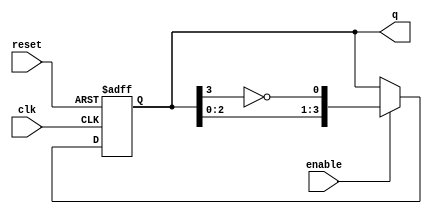
module ring_johnson_counter #(
    parameter n = 4 // Number of bits in the counter
)(
    input wire clk,        // Clock input
    input wire reset,      // Asynchronous reset
    input wire enable,     // Enable input
    output reg [n-1:0] q   // Counter output
);

    // Internal signal for feedback
    wire feedback;

    // Feedback is the inverted output of the last flip-flop
    assign feedback = ~q[n-1];

    // Sequential logic for the Johnson counter
    always @(posedge clk or posedge reset) begin
        if (reset) begin
            q <= 0; // Asynchronous reset to zero
        end else if (enable) begin
            // Shift the counter and apply feedback
            q <= {q[n-2:0], feedback};
        end
    end

endmodule